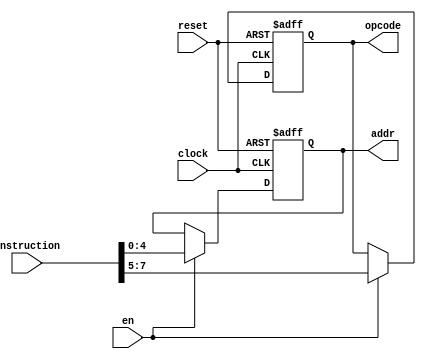
module idec (
       clock,   //
       reset,   //
       en,      //
       instruction,  //
       opcode,       //
       addr,         //
	);

input clock,reset,en;
input [7:0] instruction;
output reg [2:0] opcode;
output reg [4:0] addr;

always @(posedge clock or posedge reset) begin
	if (reset) begin
	    opcode <= 0;
	    addr <= 0;
		// reset		
	end
	else if (en) begin
	    opcode <= instruction [7:5];
	    addr <= instruction [4:0];
		
	end
end
endmodule